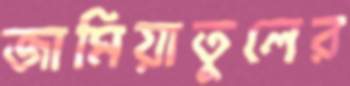
জামিয়াতুলের